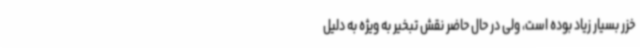
خزر بسیار زیاد بوده است، ولی در حال حاضر نقش تبخیر به ویژه به دلیل